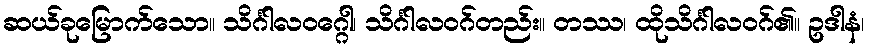
ဆယ်ခုမြောက်သော။ သိင်္ဂါလဝဂ္ဂေါ၊ သိင်္ဂါလဝဂ်တည်း။ တဿ၊ ထိုသိင်္ဂါလဝဂ်၏။ ဥဒါနံ၊